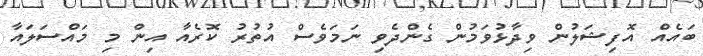
ބައެއް އޮފިޝަލުން ވިދާޅުވަމުން ގެންދެވި ނަމަވެސް އުތުރު ކޮރެއާ އިން މި މައްސަލައާ